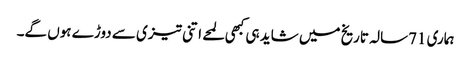
ہماری 71سالہ تاریخ میں شاید ہی کبھی لمحے اتنی تیزی سے دوڑے ہوں گے۔